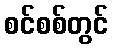
စင်စစ်တွင်